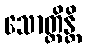
သောတ္ထိန္တိ